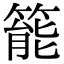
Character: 𥰘